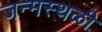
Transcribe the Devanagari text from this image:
जन्मस्थळी